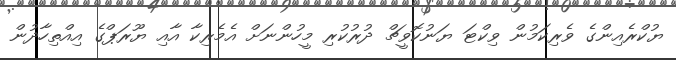
ޔުކްރެއިންގެ ވެރިކަމުން ވިކްޓަ ޔަނުކޮވީޗް ދުރުކުރި މީހުންނަށް އެމެރިކާ އާއި ޔޫރަޕްގެ އިއްތިހާދުން